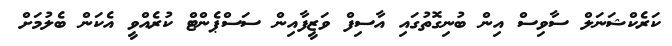
ކަރެކްޝަނަލް ސާވިސް އިން ބުނިގޮތުގައި އާސިފް ވަޒީފާއިން ސަސްޕެންޓް ކުރެއްވީ އެކަން ބެލުމަށް